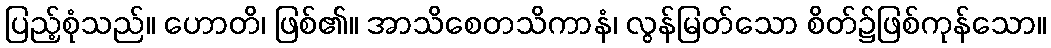
ပြည့်စုံသည်။ ဟောတိ၊ ဖြစ်၏။ အာသိစေတသိကာနံ၊ လွန်မြတ်သော စိတ်၌ဖြစ်ကုန်သော။